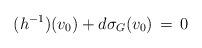
LaTeX: \begin{align*}(h^{-1})(v_0)+ d\sigma_G(v_0)\,=\, 0 \end{align*}